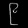
Digit: ၉